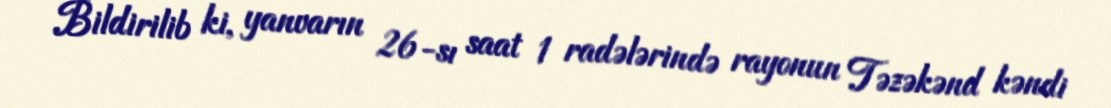
Bildirilib ki, yanvarın 26-sı saat 1 radələrində rayonun Təzəkənd kəndi